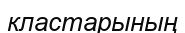
кластарының